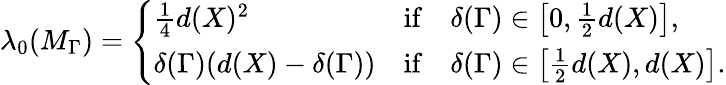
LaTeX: \lambda_{0}(M_{\Gamma})=\left\{ \begin{array}{ll}{\frac{1}{4}d(X)^{2}}&{\mathrm{if}\quad\delta(\Gamma)\in\left[0,\frac{1}{2}d(X)\right],}\\ {\delta(\Gamma)(d(X)-\delta(\Gamma))}&{\mathrm{if}\quad\delta(\Gamma)\in\left[\frac{1}{2}d(X),d(X)\right].}\end{array}\right.